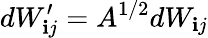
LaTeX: dW_{\mathbf{i}j}^{\prime}=A^{1/2}dW_{\mathbf{i}j}